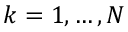
k = 1 , \dots , N